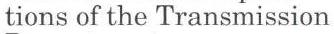
tions of the Transmission